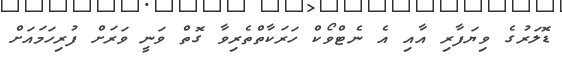
ޑޮލަރުގެ ވިޔަފާރި އާއި އެ ނެޓްވޯކް ހަރަކާތްތެރިވާ ގޮތް ވަނީ ވަރަށް ފުރިހަމައަށް